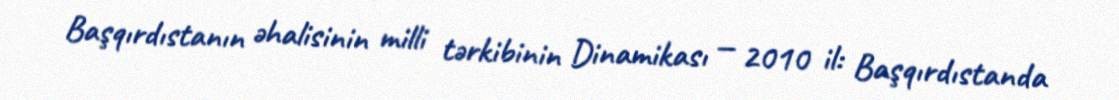
Başqırdıstanın əhalisinin milli tərkibinin Dinamikası — 2010 il: Başqırdıstanda